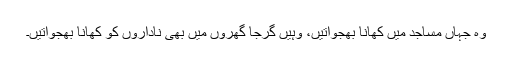
وہ جہاں مساجد میں کھانا بھجواتیں، وہیں گرجا گھروں میں بھی ناداروں کو کھانا بھجواتیں۔